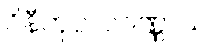
ဝိနီတုပ္ပလဝဏ္ဏာယ